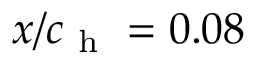
x / c _ { \mathrm { ~ h ~ } } = 0 . 0 8